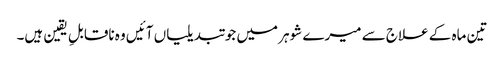
تین ماہ کے علاج سے میرے شوہر میں جو تبدیلیاں آئیں وہ ناقابلِ یقین ہیں۔